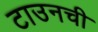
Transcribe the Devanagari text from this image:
टाउनची